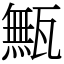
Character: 甒